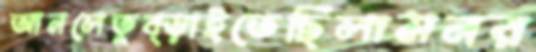
আনলেতুব্‌ড়াইতেছিলামনর